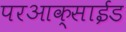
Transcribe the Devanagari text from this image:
परआक्साईड